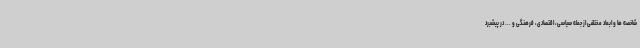
شاخصه ها و ابعاد مختلفی از جمله سیاسی، اقتصادی، فرهنگی و ... در پیشبرد